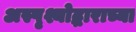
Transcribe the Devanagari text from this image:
अस्पृश्योद्धाराच्या